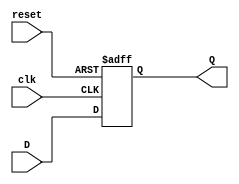
// Luis Pedro Molina Velsquez - 18822
// Electrnica Digital 1 - Seccin 12
// Laboratorio 6 - Ejercicio 6 - Mdulo para FSM Mealy de ejercicio 1

// Mdulo de Flip Flop tipo D de 1 bit

module FFD(input clk, reset, D, output reg Q);

    always @ (posedge clk or posedge reset)begin
        if(reset)
            Q <= 1'b0;
        else
            Q <= D;
    end
endmodule

module FFD2(input clk, reset, input [1:0]D, output reg [1:0]Q);
                                                                                           
    always @ (posedge clk or posedge reset)begin
        if(reset)
            Q <= 2'b00;
        else
            Q[1] <= D[1];
            Q[0] <= D[0];
    end 
endmodule

module Ejercicio1(input A, B, clk, reset, output wire Y, output wire [1:0] S, output wire [1:0]SF);

// Declaracin de cables/estados
    wire S0, S1, S0F, S1F;

// Nube combinacional de estados futuros (S0F, S1F)
    assign S0F = (~S1 & ~S0 & A);
    assign S1F = (S0 & B) | (S1 & A & B);
// Nube combinacional de salidas (FSM Mealy)
    assign Y = (S1 & A & B);

// Conexin de Flip Flops tipo D
   FFD T1(.clk(clk), .reset(reset), .D(S1F), .Q(S1));
   FFD T2(clk, reset, S0F, S0);

// Visualizacin de estados actuales y futuros
    assign S = {S1, S0};
    assign SF = {S1F, S0F};

endmodule